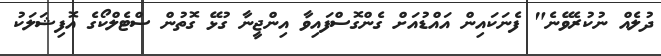
ދުލެއް ނުކުރެވޭނެ" ފެނަކައިން އައްޑުއަށް ގެންގޮސްފައިވާ އިންޖީނާ ގުޅޭ ގޮތުން ސްޓެލްކޯގެ އޮފިޝަލަކު